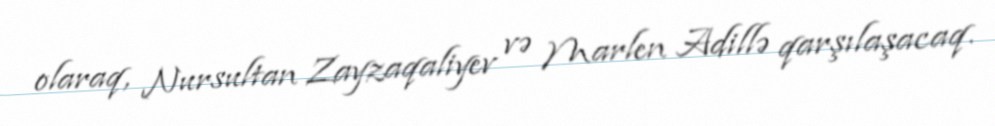
olaraq, Nursultan Zayzaqaliyev və Marlen Adillə qarşılaşacaq.